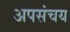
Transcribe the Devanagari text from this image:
अपसंचय